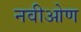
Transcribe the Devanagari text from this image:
नवीओण